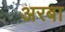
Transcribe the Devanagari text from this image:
अरबा